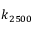
k _ { 2 5 0 0 }